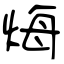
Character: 烸